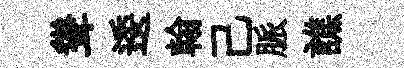
聳逶翰己脈譙